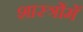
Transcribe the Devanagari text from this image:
शास्‍त्रोंमें